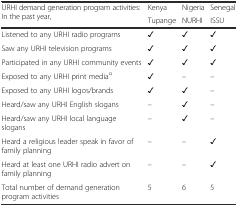
<table><thead><tr><td rowspan="2"><b>URHI demand generation program activities: In the past year,</b></td><td><b>Kenya</b></td><td><b>Nigeria</b></td><td><b>Senegal</b></td></tr><tr><td><b>Tupange</b></td><td><b>NURHI</b></td><td><b>ISSU</b></td></tr></thead><tbody><tr><td>Listened to any URHI radio programs</td><td>✓</td><td>✓</td><td>✓</td></tr><tr><td>Saw any URHI television programs</td><td>✓</td><td>✓</td><td>✓</td></tr><tr><td>Participated in any URHI community events</td><td>✓</td><td>✓</td><td>✓</td></tr><tr><td>Exposed to any URHI print media<sup>α</sup></td><td>✓</td><td>–</td><td>–</td></tr><tr><td>Exposed to any URHI logos/brands</td><td>✓</td><td>✓</td><td>–</td></tr><tr><td>Heard/saw any URHI English slogans</td><td>–</td><td>✓</td><td>–</td></tr><tr><td>Heard/saw any URHI local language slogans</td><td>–</td><td>✓</td><td>–</td></tr><tr><td>Heard a religious leader speak in favor of family planning</td><td>–</td><td>–</td><td>✓</td></tr><tr><td>Heard at least one URHI radio advert on family planning</td><td>–</td><td>–</td><td>✓</td></tr><tr><td>Total number of demand generation program activities</td><td>5</td><td>6</td><td>5</td></tr></tbody></table>